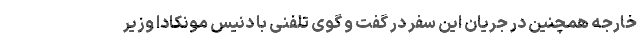
خارجه همچنین در جریان این سفر در گفت و گوی تلفنی با دنیس مونکادا وزیر